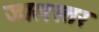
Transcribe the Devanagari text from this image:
जालस्तर